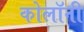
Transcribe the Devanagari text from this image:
कोलॉनी